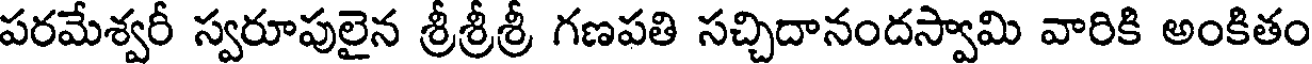
పరమేశ్వరీ స్వరూపులైన శ్రీశ్రీశ్రీ గణపతి సచ్చిదానందస్వామి వారికి అంకితం